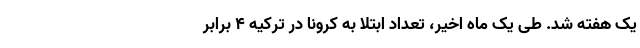
یک هفته شد. طی یک ماه اخیر، تعداد ابتلا به کرونا در ترکیه ۴ برابر